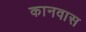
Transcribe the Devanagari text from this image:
कानवास